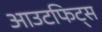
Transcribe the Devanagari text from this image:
आउटफिट्स